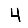
Digit: 4